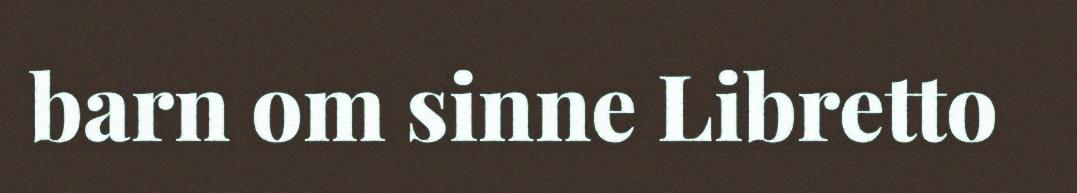
barn om sinne Libretto